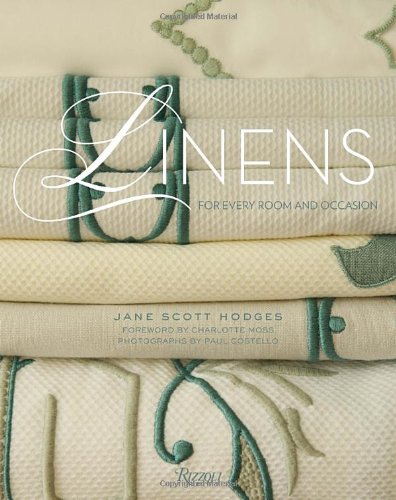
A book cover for Linens: For Every Room and Occasion; Jane Scott Hodges; Arts & Photography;